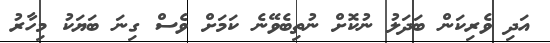
އަދި ވެރިކަން ބަދަލު ނުކޮށް ނުތިބެވޭނެ ކަމަށް ވެސް ގިނަ ބަޔަކު މިހާރު